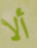
ألا